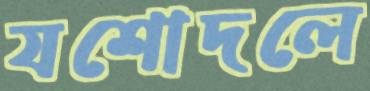
যশোদলে